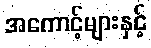
အကောင့်များနှင့်